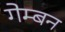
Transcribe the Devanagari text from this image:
गेम्बन